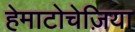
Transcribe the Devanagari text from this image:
हेमाटोचेज़िया